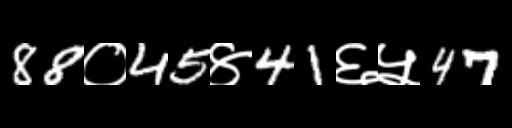
Text: 88०45४41६५47